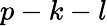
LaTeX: p-k-l